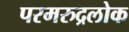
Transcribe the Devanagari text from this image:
परमरुद्रलोक